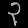
Digit: ၃